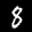
Label: 8